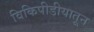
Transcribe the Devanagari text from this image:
विकिपीडीयातून